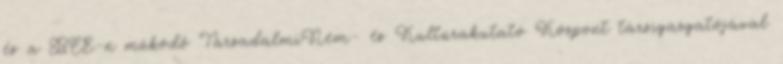
és a BCE-n működő TársadalmiNem- és Kultúrakutató Központ társigazgatójával